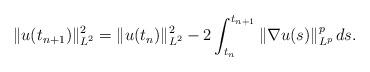
LaTeX: \begin{align*} \| u (t_{n+1}) \|_{L^2}^2 = \| u (t_n) \|_{L^2}^2 - 2\int_{t_n}^{t_{n+1}} \| \nabla u(s) \|_{L^p}^p \, d s .\end{align*}